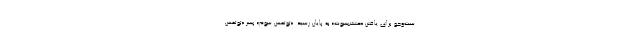
ست‌وجو برای یافتن «حتشپسوت» به پایان رسید. «توتمس سوم» پسر «توتمس